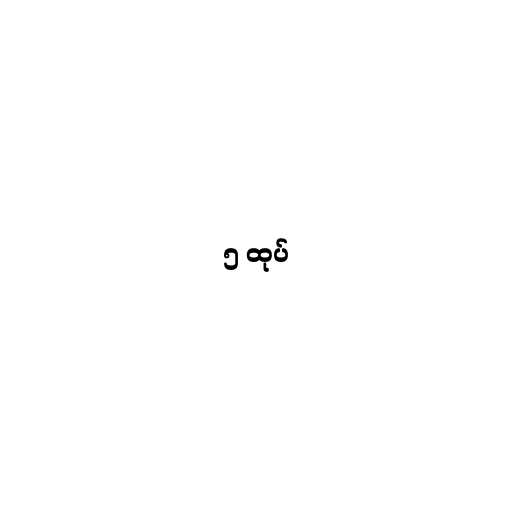
၅ ထုပ်